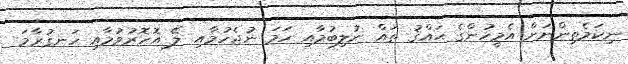
ނިކަމެތިންނަށް އެމީހުންގެ ޙައްޤު ތައް ނުލިބުމާއި ހަމަ ނުޖެހުމާއި ލޭ އޮހޮރުވުމާއި ހަނގުރާމަ